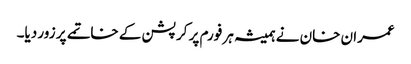
عمران خان نے ہمیشہ ہر فورم پر کرپشن کے خاتمے پر زور دیا۔